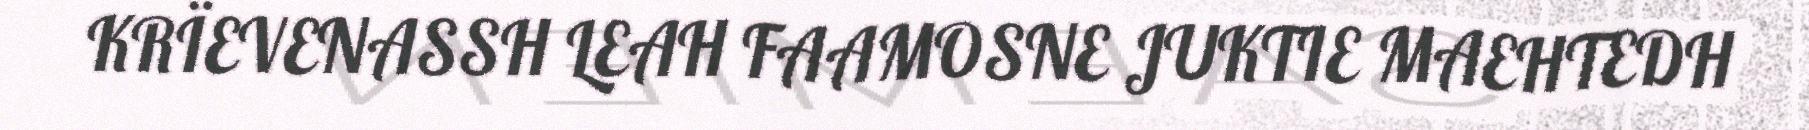
KRÏEVENASSH LEAH FAAMOSNE JUKTIE MAEHTEDH